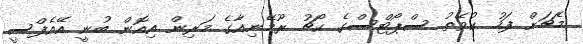
މެޗަށް ފަހު ކުވޭތު ސްޕޯޓްސްގެ ކޯޗު ރޫމޭނިއާގެ މަރިން އިއޮން ބުނީ އޭއެފްސީ